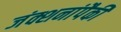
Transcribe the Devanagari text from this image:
जंक्शनांपैकी